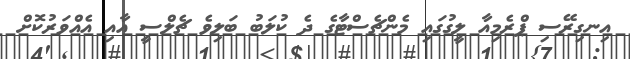
އިނގިރޭސި ޕްރެމިއާ ލީގުގައި މެންޗެސްޓާގެ ދެ ކުލަބު ބަލިވެ ޗެލްސީ އާއި އެއްވަރުކޮށް